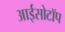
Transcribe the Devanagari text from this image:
आईसोटॉप